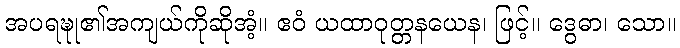
အပရဍ္ဎု၏အကျယ်ကိုဆိုအံ့။ ဧဝံ ယထာဝုတ္တနယေန၊ ဖြင့်။ ဒွေဓာ၊ သော။